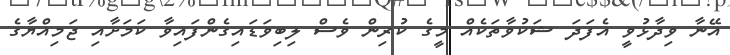
އޭނާ ވިދާޅުވީ އެފަދަ ޝަކުވާތަކެއް މީގެ ކުރިން ވެސް ލިބިވަޑައިގެންފައިވާ ކަމަށާއި ޖަމިއްޔާގެ